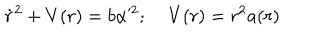
\dot { r } ^ { 2 } + V ( r ) = b \alpha ^ { 2 } ; \; V ( r ) = r ^ { 2 } a ( r )